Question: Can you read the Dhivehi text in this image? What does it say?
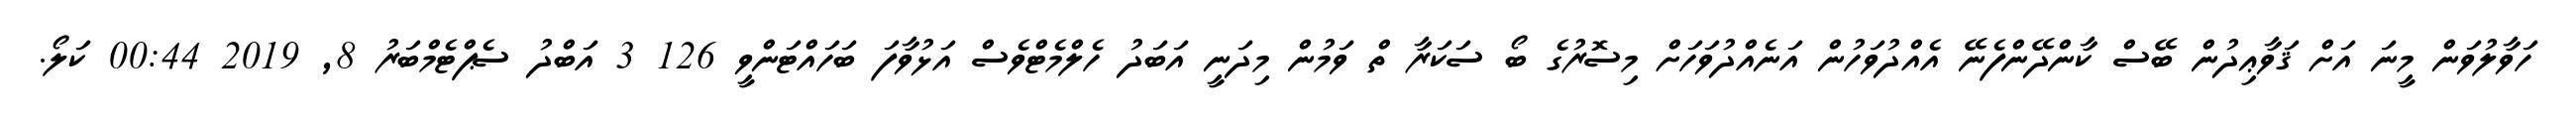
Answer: ހަވާލުވަން މީނަ އަށް ޤަވާޢިދުން ބޭސް ކާންދޭންފެނޭ އެއްދުވަހުން އަނެއްދުވަހަށް މިސޮރުގެ ބޯ ސަކަރާ ތް ވަމުން މިދަނީ އަބަދު ހެލްމެޓްވެސް އަޅުވާފަ ބަހައްޓަންވީ 126 3 އަބްދު ސެޕްޓެމްބަރު 8, 2019 00:44 ކަލޯ.